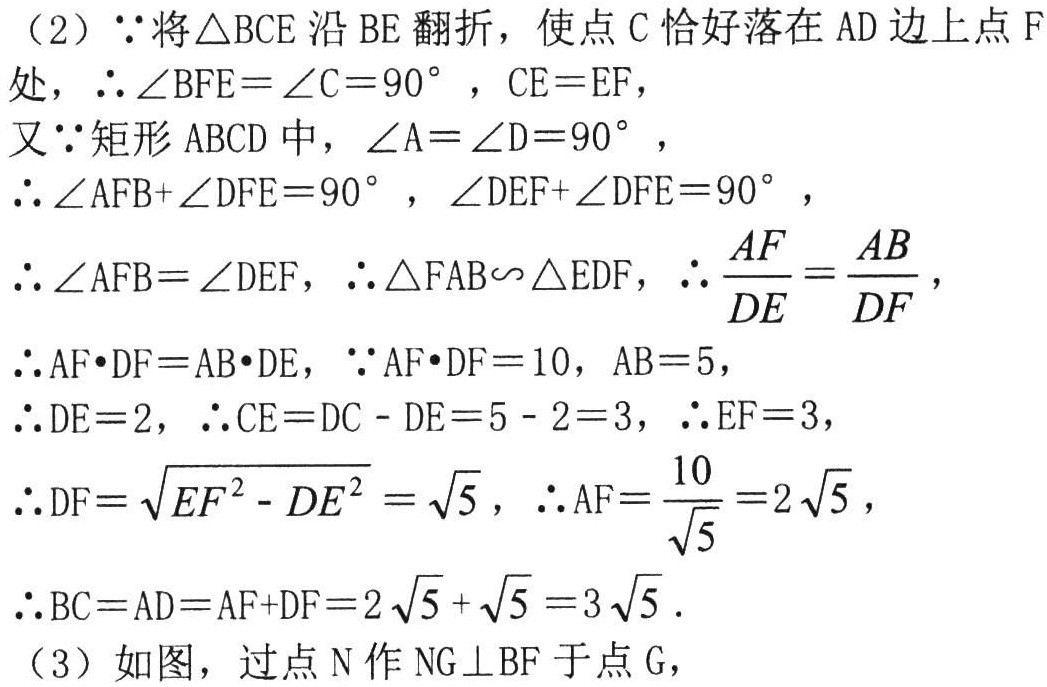
（2）\(\because\)将\(\triangle BCE\)沿\(BE\)翻折，使点\(C\)恰好落在\(AD\)边上点\(F\)处，\(\therefore \angle BFE = \angle C = 90^{\circ}\)，\(CE = EF\)，

又\(\because\)矩形\(ABCD\)中，\(\angle A = \angle D = 90^{\circ}\)，

\(\therefore \angle AFB + \angle DFE = 90^{\circ}\)，\(\angle DEF + \angle DFE = 90^{\circ}\)，

\(\therefore \angle AFB = \angle DEF\)，\(\therefore \triangle FAB\sim\triangle EDF\)，\(\therefore \frac{AF}{DE}=\frac{AB}{DF}\)，

\(\therefore AF\cdot DF = AB\cdot DE\)，\(\because AF\cdot DF = 10\)，\(AB = 5\)，

\(\therefore DE = 2\)，\(\therefore CE = DC - DE = 5 - 2 = 3\)，\(\therefore EF = 3\)，

\(\therefore DF = \sqrt{EF^{2}-DE^{2}}=\sqrt{5}\)，\(\therefore AF = \frac{10}{\sqrt{5}} = 2\sqrt{5}\)，

\(\therefore BC = AD = AF + DF = 2\sqrt{5}+\sqrt{5}=3\sqrt{5}\).

（3）如图，过点\(N\)作\(NG\perp BF\)于点\(G\)，